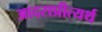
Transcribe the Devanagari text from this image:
आदराप्रीत्यर्थ